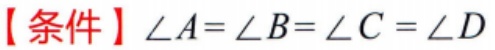
【条件】\(\angle A = \angle B = \angle C = \angle D\)